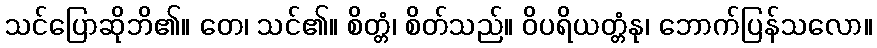
သင်ပြောဆိုဘိ၏။ တေ၊ သင်၏။ စိတ္တံ၊ စိတ်သည်။ ဝိပရိယတ္တံနု၊ ဘောက်ပြန်သလော။